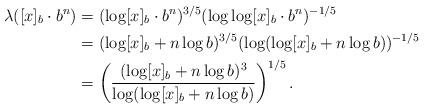
LaTeX: \begin{align*}\lambda ([x]_b \cdot b^n) &= (\log [x]_b \cdot b^n)^{3/5} (\log \log [x]_b \cdot b^n)^{-1/5}\\ &= (\log [x]_b + n \log b)^{3/5} (\log (\log [x]_b + n \log b))^{-1/5}\\&= \left(\frac{(\log [x]_b + n \log b)^3} {\log (\log [x]_b + n \log b)}\right)^{1/5}.\\\end{align*}